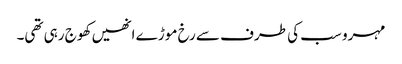
مہرو سب کی طرف سے رخ موڑ ے انھیں کھوج رہی تھی۔